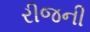
રીજની